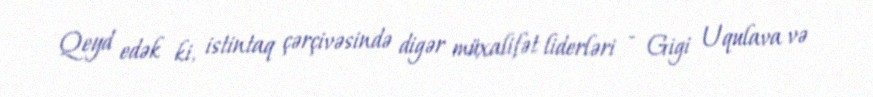
Qeyd edək ki, istintaq çərçivəsində digər müxalifət liderləri - Gigi Uqulava və